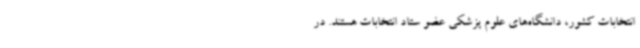
انتخابات کشور، دانشگاه‌های علوم پزشکی عضو ستاد انتخابات هستند. در